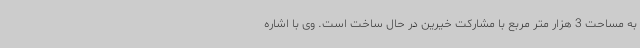
به مساحت 3 هزار متر مربع با مشارکت خیرین در حال ساخت است. وی با اشاره